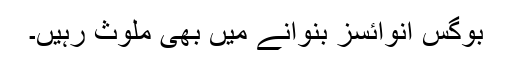
بوگس انوائسز بنوانے میں بھی ملوث رہیں۔